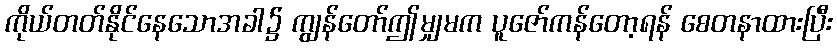
ကိုယ်တတ်နိုင်နေသောအခါ၌ ကျွန်တော်ဤမျှမက ပူဇော်ကန်တော့ရန် စေတနာထားပြီး